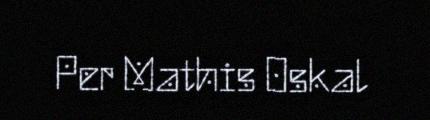
Per Mathis Oskal